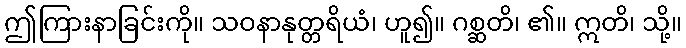
ဤကြားနာခြင်းကို။ သဝနာနုတ္တရိယံ၊ ဟူ၍။ ဂစ္ဆတိ၊ ၏။ ဣတိ၊ သို့။